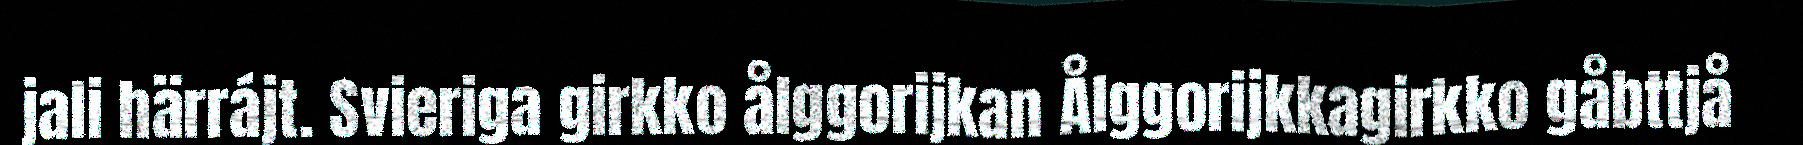
jali härrájt. Svieriga girkko ålggorijkan Ålggorijkkagirkko gåbttjå